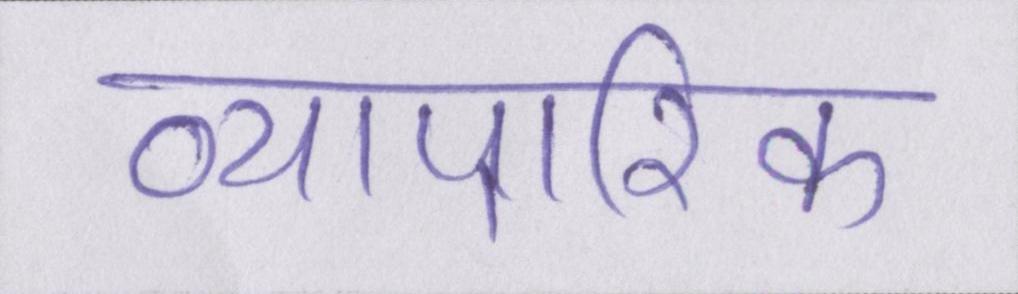
व्यापारिक